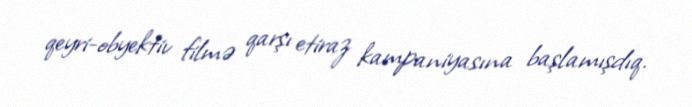
qeyri-obyektiv filmə qarşı etiraz kampaniyasına başlamışdıq.